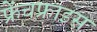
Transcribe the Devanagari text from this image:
फ्रेंचफ्राइस